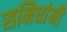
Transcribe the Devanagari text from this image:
समिधांनी